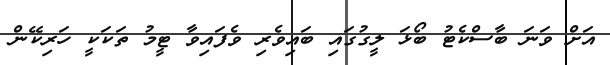
އަށް ވަނަ ބާސްކެޓު ބޯޅަ ލީގުގައި ބައިވެރި ވެފައިވާ ޓީމު ތަކަކީ ހަރިކޭން